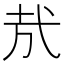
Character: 㢤